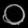
Digit: ၀